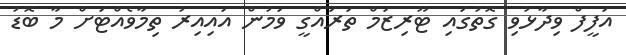
އަފީފް ވިދާޅުވި ގޮތުގައި ޓޫރިޒަމް ތަރައްގީ ވަމުން އައިއިރު ތިމާވެއްޓަށް މާ ބޮޑު